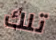
تلك